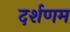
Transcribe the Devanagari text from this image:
दर्शणम